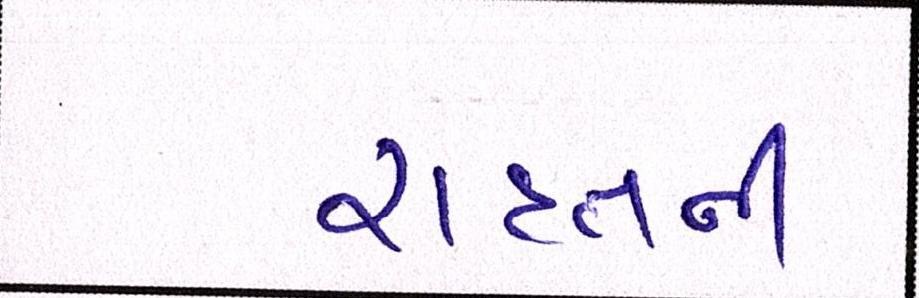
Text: રાહતની